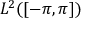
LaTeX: L ^ { 2 } ( [ - \pi , \pi ] )